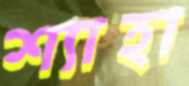
শ্যাহা